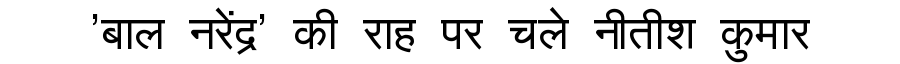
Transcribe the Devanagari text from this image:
'बाल नरेंद्र' की राह पर चले नीतीश कुमार